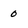
Character: 0